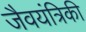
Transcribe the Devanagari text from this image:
जैवयंत्रिकी